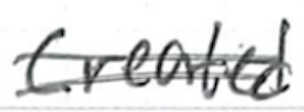
Text: created
Cross-out: double-line
Writing tool: ballpoint